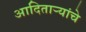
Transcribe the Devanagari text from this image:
आदितार्‍यांचे